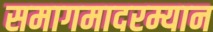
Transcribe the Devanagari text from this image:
समागमादरम्यान